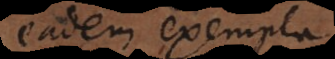
eadem exempla